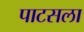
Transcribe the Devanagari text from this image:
पाटसला